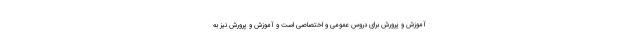
آموزش و پرورش برای دروس عمومی و اختصاصی است و آموزش و پرورش نیز به